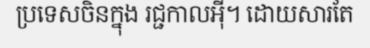
ប្រទេសចិនក្នុង រជ្ជកាលអ៊ី។ ដោយសារតែ